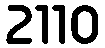
2110